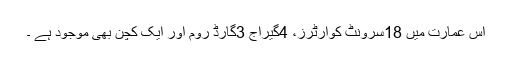
اس عمارت میں 18سرونٹ کوارٹرز، 4گیراج 3گارڈ روم اور ایک کچن بھی موجود ہے ۔